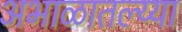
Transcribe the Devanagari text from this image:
अभाळातल्य्या